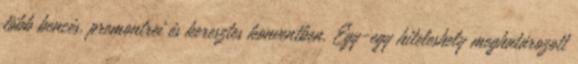
több bencés, premontrei és keresztes konventben. Egy-egy hiteleshely meghatározott